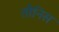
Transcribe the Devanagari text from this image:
तौनिस